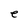
Character: e